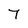
Character: 7